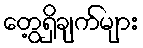
တွေ့ရှိချက်များ